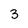
Character: 3